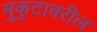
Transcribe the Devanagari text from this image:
मुकुटावरील